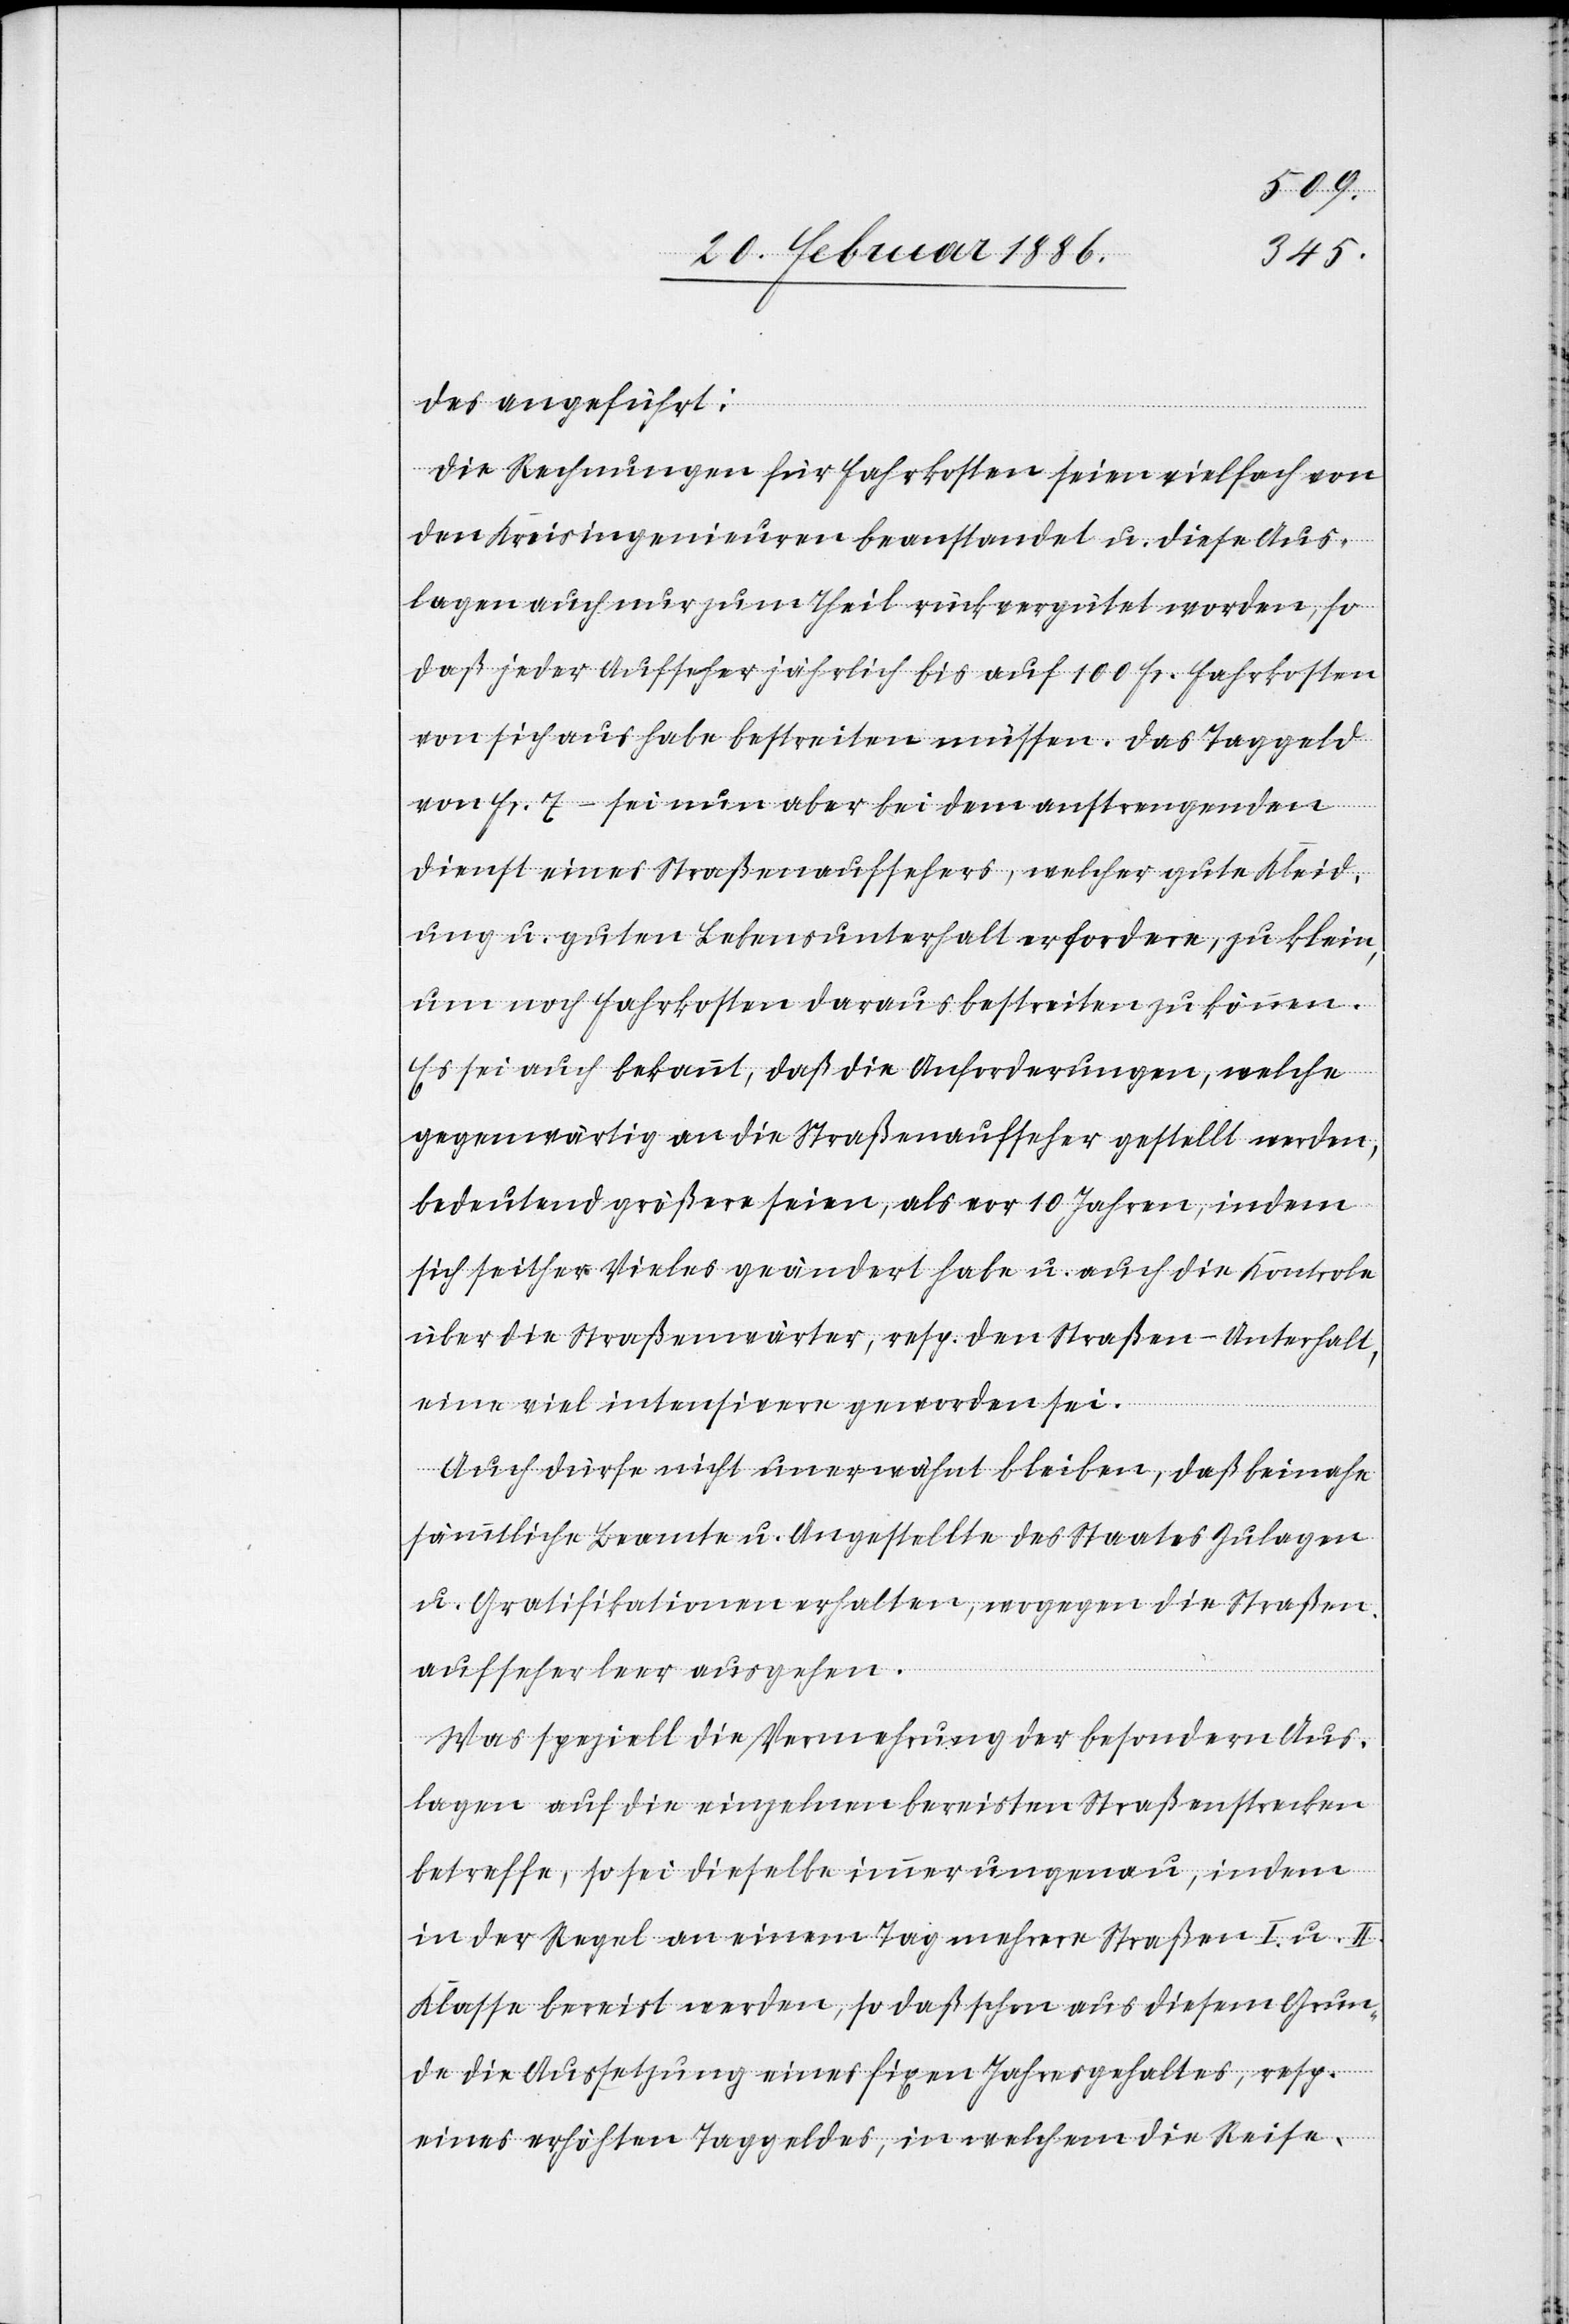
des ausgeführt:
Die Rechnungen für Fahrtkosten seien vielfach von
den Kreisingenieuren beanstandet u. diese Aus¬
lagen auch nur zum Theil rückvergütet worden, so
daß jeder Aufseher jährlich bis auf 100 Fr. Fahrkosten
von sich aus habe bestreiten müssen. Das Taggeld
von Fr. 7.– sei nun aber bei dem anstrengenden
Dienst eines Straßenaufsehers, welcher gute Kleid¬
ung u. guten Lebensunterhalt erfordere, zu klein,
um noch Fahrkosten daraus bestreiten zu können.
Es sei auch bekannt, daß die Anforderungen, welche
gegenwärtig an die Straßenaufseher gestellt werden,
bedeutend größer seien, als vor 10 Jahren, indem
sich seither Vieles geändert habe u. auch die Kontrole
über die Straßenwärter, resp. den Straßen-Unterhalt,
eine viel intensivere geworden sei.
Auch dürfe nicht unerwähnt bleiben, daß beinahe
sämmtliche Beamte u. Angestellte des Staates Zulagen
u. Gratifikationen erhalten, wogegen die Straßen¬
aufseher leer ausgehen.
Was speziell die Vermehrung der besondern Aus¬
lagen auf die einzelnen bereisten Straßenstrecken
betreffe, so sei dieselbe immer ungenau, indem
in der Regel an einem Tag mehrere Straßen I. u. II.
Klasse bereist werden, so daß schon aus diesem Grun¬
de die Aussetzung eines fixen Jahresgehaltes, resp.
eines erhöhten Taggeldes, in welchem die Reise-